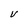
Character: V